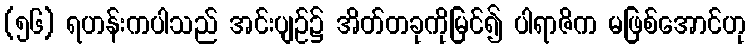
(၅၆) ရဟန်းကပါသည် အင်းပျဉ်၌ အိတ်တခုကိုမြင်၍ ပါရာဇိက မဖြစ်အောင်ဟု